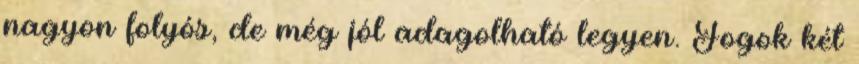
nagyon folyós, de még jól adagolható legyen. Fogok két